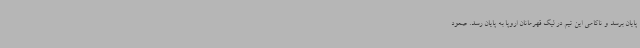
پایان برسد و ناکامی این تیم در لیگ قهرمانان اروپا به پایان رسد. صعود